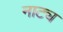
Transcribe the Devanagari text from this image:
नाट्य